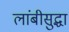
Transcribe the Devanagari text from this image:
लांबीसुद्धा